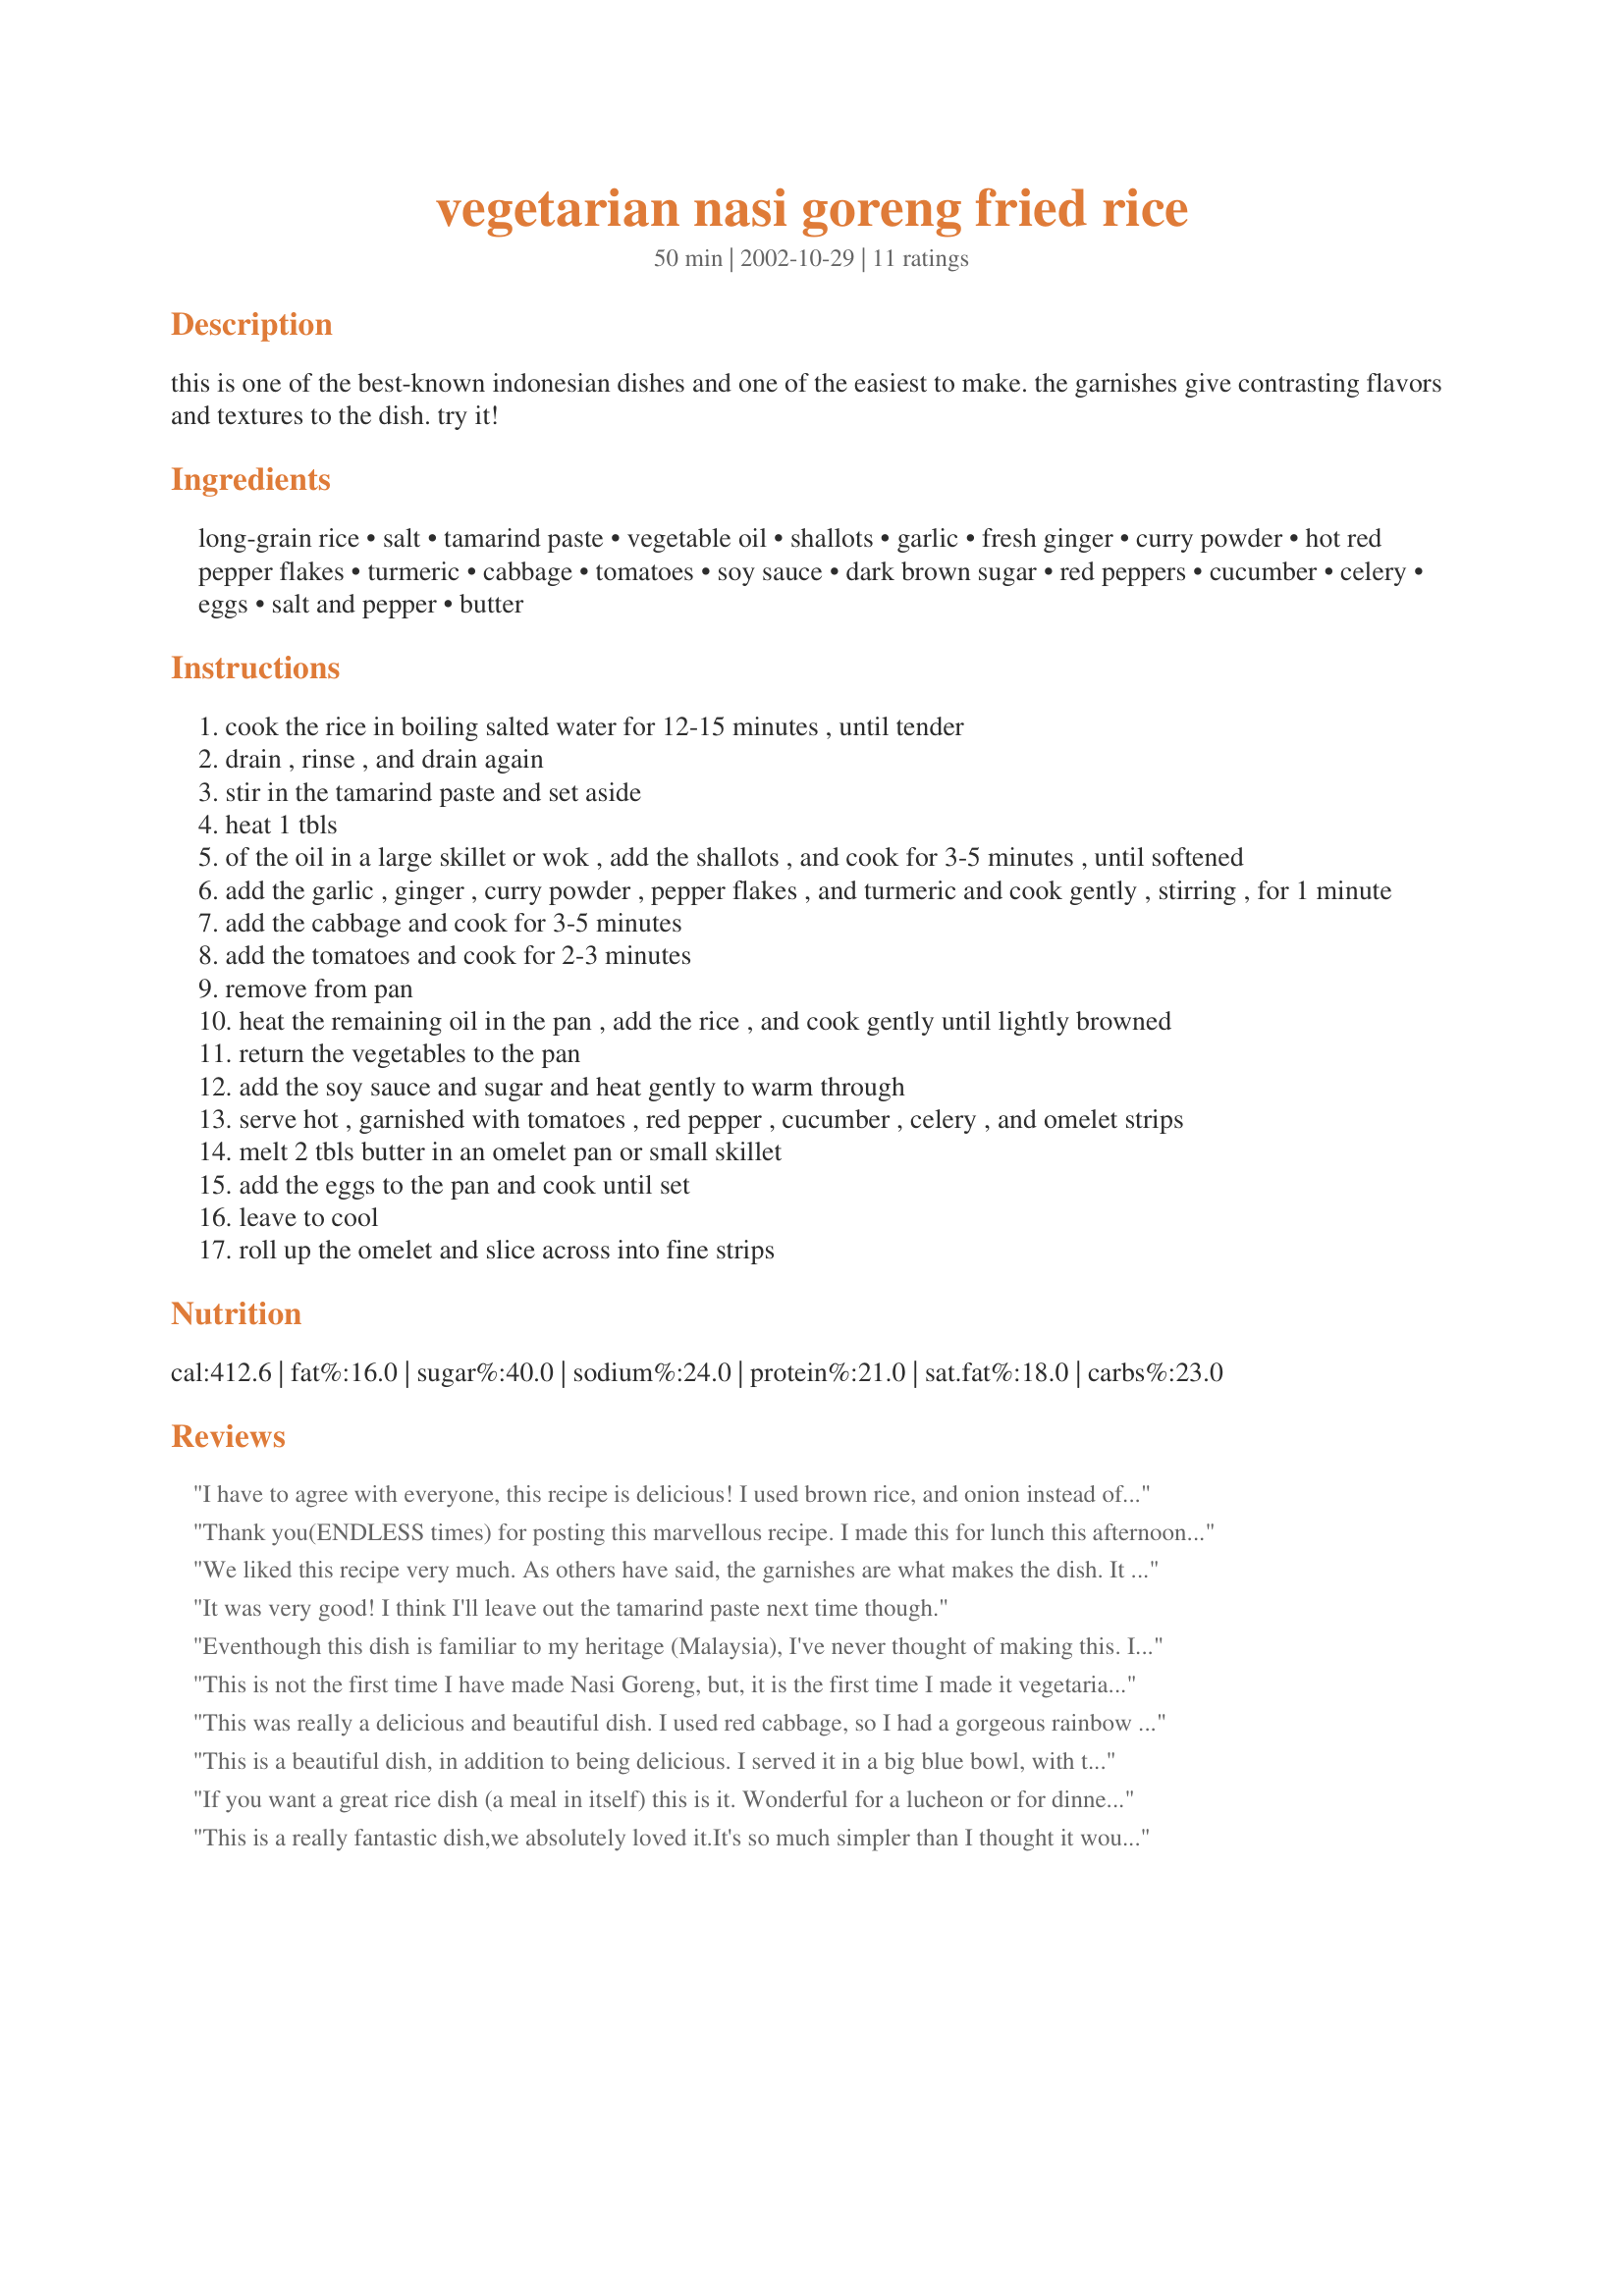
vegetarian nasi goreng fried rice
Preparation time: 50 minutes

this is one of the best-known indonesian dishes and one of the easiest to make. the garnishes give contrasting flavors and textures to the dish. try it!

Ingredients:
long-grain rice, salt, tamarind paste, vegetable oil, shallots, garlic, fresh ginger, curry powder, hot red pepper flakes, turmeric, cabbage, tomatoes, soy sauce, dark brown sugar, red peppers, cucumber, celery, eggs, salt and pepper, butter

Steps:
cook the rice in boiling salted water for 12-15 minutes , until tender
drain , rinse , and drain again
stir in the tamarind paste and set aside
heat 1 tbls
of the oil in a large skillet or wok , add the shallots , and cook for 3-5 minutes , until softened
add the garlic , ginger , curry powder , pepper flakes , and turmeric and cook gently , stirring , for 1 minute
add the cabbage and cook for 3-5 minutes
add the tomatoes and cook for 2-3 minutes
remove from pan
heat the remaining oil in the pan , add the rice , and cook gently until lightly browned
return the vegetables to the pan
add the soy sauce and sugar and heat gently to warm through
serve hot , garnished with tomatoes , red pepper , cucumber , celery , and omelet strips
melt 2 tbls butter in an omelet pan or small skillet
add the eggs to the pan and cook until set
leave to cool
roll up the omelet and slice across into fine strips

Reviews:
I have to agree with everyone, this recipe is delicious! I used brown rice, and onion instead of shallots (I don't even know what a shallot looks like:^) LOVE all the different spices and flavors. Makes a wonderful, savory dish. I actually liked it without the garnishes, too. Thankyou for a yummy dish that's a little different from the rest!!!
Thank you(ENDLESS times) for posting this marvellous recipe. I made this for lunch this afternoon and it was a HIT! I halved the recipe as there were just 4 of us to eat. I didn't have hot red pepper flakes and had to omit that. I used just 1/2 a tbsp. of soy sauce and 1/2 a tbsp. of 'light' brown sugar as I use light brown sugar most often in recipes that call for brown sugar(I have yet to find dark brown sugar in Oman). I used about 1 1/4 tsps. of salt for 1 cup of rice and the veggies, in toto. In the garnish, I had to leave out the cucumber and red peppers as those were not on hand. It was a great lunch! Thank U! This is a meal all by itself and a memorable one. THANKS A THOUSAND TIMES FOR THIS!
We liked this recipe very much. As others have said, the garnishes are what makes the dish. It was very light and flavorful. We thought the amount of tamarind was good, no changes needed.
Suggest following with a sorbet for dessert.
It was very good! I think I'll leave out the tamarind paste next time though.
Eventhough this dish is familiar to my heritage (Malaysia), I've never thought of making this. I was surprised to know some Japanese restaurants carry this in their menu (I'm currently living in Japa)so this morning I made it for my friends in church and they really liked it. I followed all the instructions except I cook the rice in a rice cooker; skipping the draining, rinsing part and added the tamarind paste directly to the rice. At this time, I have already unplugged. It worked well and since shallots are not readily available, I use yellow onion (1/2)instead and spiced up the pepper flakes to 1/2 tsp. Thank you. Schin
This is not the first time I have made Nasi Goreng, but, it is the first time I made it vegetarian. Usually I use chicken. Now I must say that this is even better than what I used to make! The spices are right on spot and the whole thing comes together very well. I added some bok choy just to get some crunchiness and instead of making an omelet I fried the eggs over-easy and put one egg on top of the Nasi. Oh, I did scale it down just for the two of us but used all of the hot pepper flakes and a little extra sambal oelek. We had a great dinner! <br/>Thanks for posting.<br/>Made for LOvE TrAiN 2012.
This was really a delicious and beautiful dish. I used red cabbage, so I had a gorgeous rainbow of foods- purple cabbage, brown rice, yellow omlette strips, red tomatoes and peppers and green celery and cucumbers. I left out the tomatoes in the garnish because I don't like raw tomatoes. I agree with the other reviewers- the garnish makes the dish. The salty tangy dish is wonderful topped with the cool and crisp veggies. I substituted the soy sauce and sugar with Silent Cricket's Ketjap Manis (#39318), which is a sweet Indonesian soy sauce, which worked well. Now my problem with this recipe- the tamarind paste was just too strong. I used 2 Tbs as the recipe calls for and it overpowered the other flavors of the dish. Other than that, it was great, but next time I would probably half the tamarind paste. Thanks for posting, Sharon! We enjoyed it.
This is a beautiful dish, in addition to being delicious. I served it in a big blue bowl, with the red tomatoes and yellow egg strips on top over the brown and green veggies. What a treat! I didn't have pepper or cucumber, so I left them out, ran out of brown sugar, used white, and I FORGOT to add the ginger, after grating it up and putting it in a little bowl by the stove. Arghh! Can you imagine how outstanding this would have been if I had remembered the ginger? This is all veggie, so it would be good for Lent 0 except it is so delicious, I would feel like I was celebrating (like having lobster on Friday because you can't eat meat! LOL!!) Charishma was smart to halve this, because it makes a lot - and there are only three of us. Thanks a lot!!
If you want a great rice dish (a meal in itself) this is it. Wonderful for a lucheon or for dinner. I have had Nasi Goreng many times, usually with ham etc but with this recipe you do not even miss it. The garnish is beautiful and like Sharon said it adds to the variety of flavors. Don't change a thing. This recipe is great just the way it is Thanks Sharon for a dish that will grace my table many times
This is a really fantastic dish,we absolutely loved it.It's so much simpler than I thought it would be,and didn't include anything that I don't normally have in the house.I can't wait to cook it for my mum who grew up in Malaysia,and get her opinion.
Thanks Sharon x.Made for PhotoTag.
i used this as a rough outline, combined with other nasi goreng recipes since none of them are the one i remember my dutch grandmother bringing back from her travels in Indonesia. she used to do it with a main bowl of spiced fried rice in the center of the table and many bowls around it of egg, shredded beef, vegetables, and a peanut sauce. i added a pkg of shredded veggie beef strips and had to sub out some stuff due to what was in the house: the shallots became a red onion, garlic and ginger were powdered form, red pepper flakes became cyan, i threw the celery in with the other veggies to cook, added a couple of mushrooms, and i had no red pepper, tamarind or tumeric so i left them out. this isn't exactly what i dimly remember from my childhood but it's probably more authentic and it's very tasty. kinda like a curry-asian stirfry fusion. the fresh cucumber and tomato really makes the dish even though it sounds odd to our western pallets
